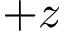
+ z